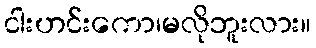
ငါးဟင်းကော၊မလိုဘူးလား။